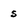
Character: s